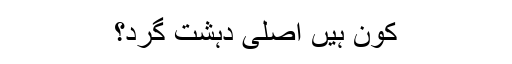
کون ہیں اصلی دہشت گرد؟